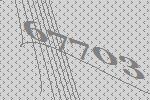
67703